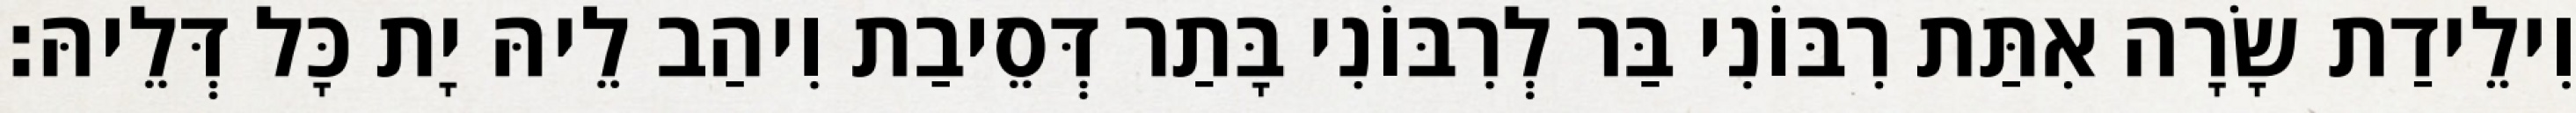
וִילֵידַת שָׂרָה אִתַּת רִבּוֹנִי בַּר לְרִבּוֹנִי בָּתַר דְּסֵיבַת וִיהַב לֵיהּ יָת כָּל דְּלֵיהּ׃